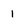
Character: 1